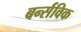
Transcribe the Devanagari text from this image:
बर्न्सविक